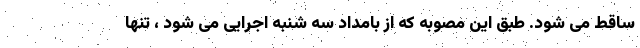
ساقط می شود. طبق این مصوبه که از بامداد سه شنبه اجرایی می شود ، تنها